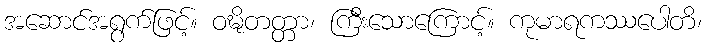
အဆောင်အရွက်ဖြင့်။ ဝဍ္ဎိတတ္တာ၊ ကြီးသောကြောင့်။ ကုမာရကဿပေါတိ၊